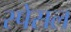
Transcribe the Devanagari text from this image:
स्पेसल